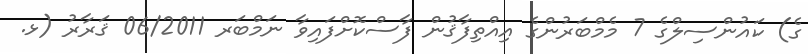
ގެ) ކައުންސިލްގެ 7 މެމްބަރުންގެ އިއްތިފާޤުން ފާސްކޮށްފައިވާ ނަމްބަރ 06/2011 ޤަރާރު (ޅ.